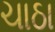
ચાઠા